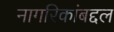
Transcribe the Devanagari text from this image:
नागरिकांबद्दल